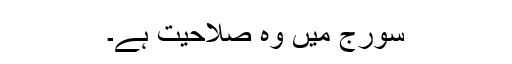
سورج میں وہ صلاحیت ہے۔